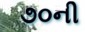
૭૦ની